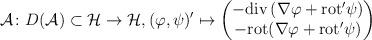
LaTeX: \begin{align*}\mathcal{A} \colon D(\mathcal{A}) \subset \mathcal{H} \to \mathcal{H}, (\varphi, \psi)' \mapsto\begin{pmatrix}-\mathrm{div}\, (\nabla \varphi + \mathrm{rot}' \psi) \\-\mathrm{rot} (\nabla \varphi + \mathrm{rot}' \psi)\end{pmatrix} \end{align*}